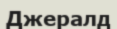
Джералд